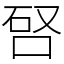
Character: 唘